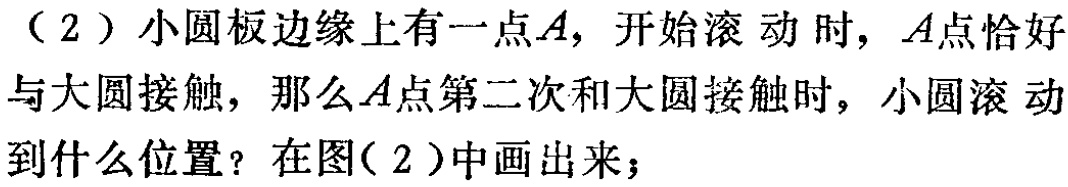
（2）小圆板边缘上有一点\(A\)，开始滚动时，\(A\)点恰好与大圆接触，那么\(A\)点第二次和大圆接触时，小圆滚动到什么位置？在图（2）中画出来；